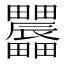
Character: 𤴌